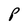
Character: P